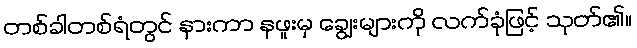
တစ်ခါတစ်ရံတွင် နားကာ နဖူးမှ ချွေးများကို လက်ခုံဖြင့် သုတ်၏။